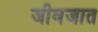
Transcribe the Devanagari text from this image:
जीवजात